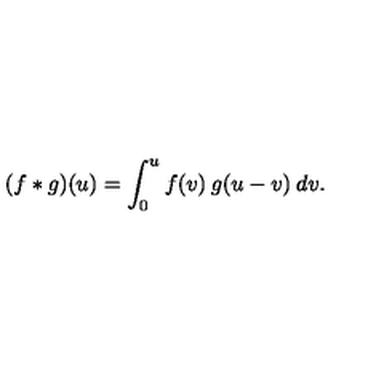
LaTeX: ( f * g ) ( u ) = \int _ { 0 } ^ { u } f ( v ) \: g ( u - v ) \: d v .